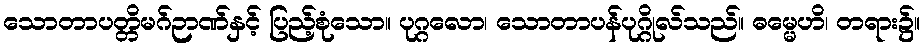
သောတာပတ္တိမဂ်ဉာဏ်နှင့် ပြည့်စုံသော။ ပုဂ္ဂလော၊ သောတာပန်ပုဂ္ဂိုလ်သည်။ ဓမ္မေဟိ၊ တရား၌။